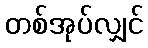
တစ်အုပ်လျှင်